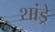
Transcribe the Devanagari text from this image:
शांड्रे